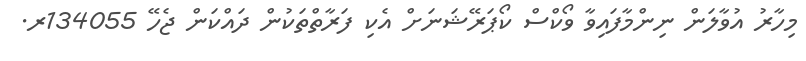
މިހާރު އުވާލަން ނިންމާފައިވާ ވޯކްސް ކޯޕަރޭޝަނަށް އެކި ފަރާތްތަކުން ދައްކަން ޖެހޭ 134055ރ.